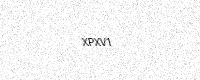
Text: XPXV1